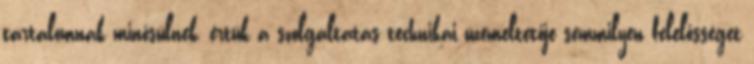
tartalomnak minősülnek, értük a szolgáltatás technikai üzemeltetője semmilyen felelősséget